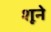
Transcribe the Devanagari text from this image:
शूने